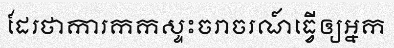
ដែរថាការកកស្ទះចរាចរណ៍ធ្វើឲ្យអ្នក